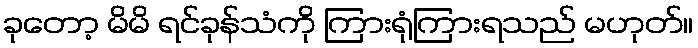
ခုတော့ မိမိ ရင်ခုန်သံကို ကြားရုံကြားရသည် မဟုတ်။